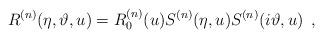
LaTeX: \begin{align*}R^{(n)}(\eta ,\vartheta ,u)=R_{0}^{(n)}(u)S^{(n)}(\eta ,u)S^{(n)}(i\vartheta ,u)\, \, \, ,\end{align*}